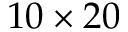
1 0 \times 2 0